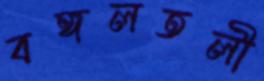
বঙ্গলতলী